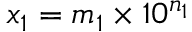
x _ { 1 } = m _ { 1 } \times 1 0 ^ { n _ { 1 } }